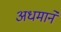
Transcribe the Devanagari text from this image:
अधमानें